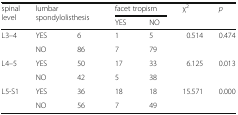
<table><thead><tr><td rowspan="2"><b>spinal level</b></td><td rowspan="2" colspan="2"><b>lumbar spondylolisthesis</b></td><td colspan="2"><b>facet tropism</b></td><td rowspan="2"><b>χ<sup>2</sup></b></td><td rowspan="2"><b><i>p</i></b></td></tr><tr><td><b>YES</b></td><td><b>NO</b></td></tr></thead><tbody><tr><td rowspan="2">L3–4</td><td>YES</td><td>6</td><td>1</td><td>5</td><td rowspan="2">0.514</td><td rowspan="2">0.474</td></tr><tr><td>NO</td><td>86</td><td>7</td><td>79</td></tr><tr><td rowspan="2">L4–5</td><td>YES</td><td>50</td><td>17</td><td>33</td><td rowspan="2">6.125</td><td rowspan="2">0.013</td></tr><tr><td>NO</td><td>42</td><td>5</td><td>38</td></tr><tr><td rowspan="2">L5-S1</td><td>YES</td><td>36</td><td>18</td><td>18</td><td rowspan="2">15.571</td><td rowspan="2">0.000</td></tr><tr><td>NO</td><td>56</td><td>7</td><td>49</td></tr></tbody></table>